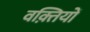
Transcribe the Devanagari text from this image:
वक़्तियों